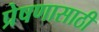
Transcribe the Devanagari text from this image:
प्रेषणासाठी